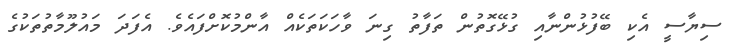
ސިޔާސީ އެކި ބޭފުޅުންނާއި ގުޅޭގޮތުން ތަފާތު ގިނަ ވާހަކަތަކެއް އާންމުކޮށްފައެވެ. އެފަދަ މައުލޫމާތުތަކުގެ